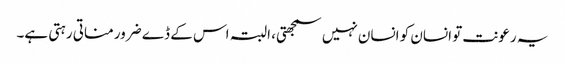
یہ رعونت تو انسان کو انسان نہیں سمجھتی، البتہ اس کے ڈے ضرور مناتی رہتی ہے۔